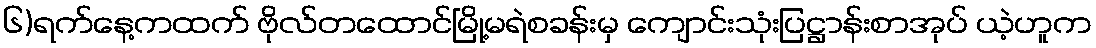
၆)ရက်နေ့ကထက် ဗိုလ်တထောင်မြို့မရဲစခန်းမှ ကျောင်းသုံးပြဋ္ဌာန်းစာအုပ် ယဲ့ဟူက